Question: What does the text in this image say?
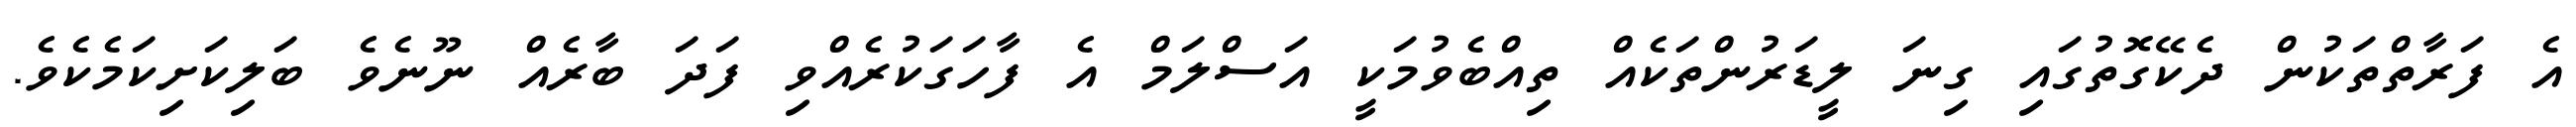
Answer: އެ ފަރާތްތަކުން ދެކޭގޮތުގައި ގިނަ ލީޑަރުންތަކެއް ތިއްބެވުމަކީ އަސްލަމް އެ ފާހަގަކުރެއްވި ފަދަ ބާރެއް ނޫނެވެ ބަލިކަށިކަމެކެވެ.